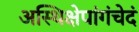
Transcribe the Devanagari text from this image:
अस्थिक्षेपांगंचेदं